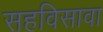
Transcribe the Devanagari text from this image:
सहविसावा